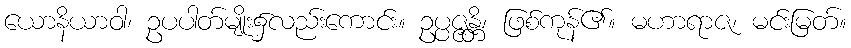
ယောနိယာဝါ၊ ဥပပါတ်မျိုး၌လည်းကောင်း။ ဥပ္ပဇ္ဇန္တိ၊ ဖြစ်ကုန်၏။ မဟာရာဇ၊ မင်းမြတ်။